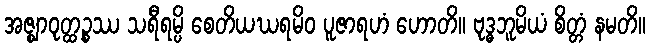
အဇ္ဈာဝုတ္ထဉ္စဿ သရီရမ္ပိ စေတိယဃရမိဝ ပူဇာရဟံ ဟောတိ။ ဗုဒ္ဓဘူမိယံ စိတ္တံ နမတိ။